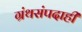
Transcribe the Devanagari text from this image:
ग्रंथसंपदाही